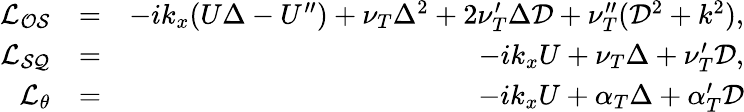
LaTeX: \begin{array}{rlr}{\mathcal{L_{OS}}}&{=}&{-ik_{x}(U\Delta-U^{\prime\prime})+\nu_{T}\Delta^{2}+2\nu_{T}^{\prime}\Delta\mathcal{D}+\nu_{T}^{\prime\prime}(\mathcal{D}^{2}+k^{2}),}\\ {\mathcal{L_{SQ}}}&{=}&{-ik_{x}U+\nu_{T}\Delta+\nu_{T}^{\prime}\mathcal{D},}\\ {\mathcal{L_{\theta}}}&{=}&{-ik_{x}U+\alpha_{T}\Delta+\alpha_{T}^{\prime}\mathcal{D}}\end{array}